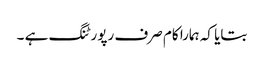
بتایا کہ ہمارا کام صرف رپورٹنگ ہے ۔